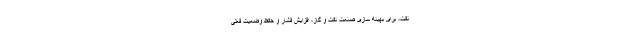
نفت، برای بهینه سازی صنعت نفت و گاز، افزایش فشار و حفظ وضعیت فعلی